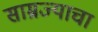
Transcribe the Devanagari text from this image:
साम्रज्याचा